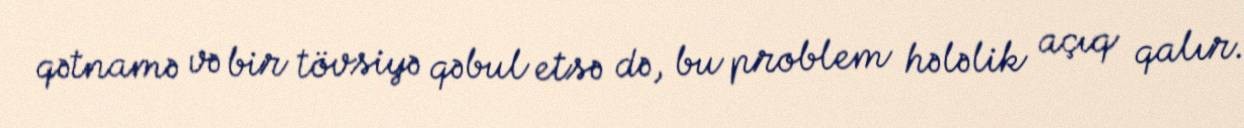
qətnamə və bir tövsiyə qəbul etsə də, bu problem hələlik açıq qalır.